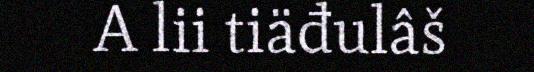
A lii tiäđulâš